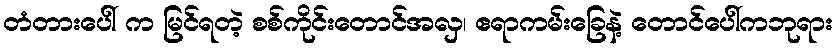
တံတားပေါ် က မြင်ရတဲ့ စစ်ကိုင်းတောင်အလှ၊ ဧရာကမ်းခြေနဲ့ တောင်ပေါ်ကဘုရား